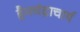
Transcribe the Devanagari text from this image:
हैमचंद्राचार्य